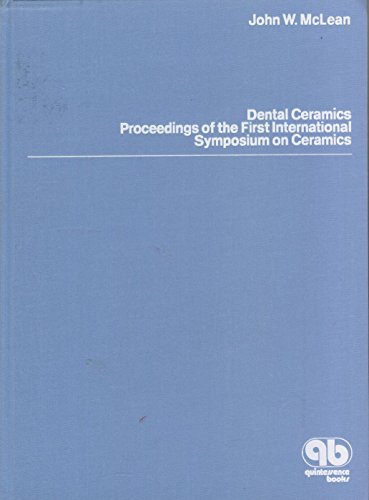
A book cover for Dental Ceramics: Proceedings of the First International Symposium on Ceramics; International Symposium on Ceramics 1982 Louisiana State University d; Medical Books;